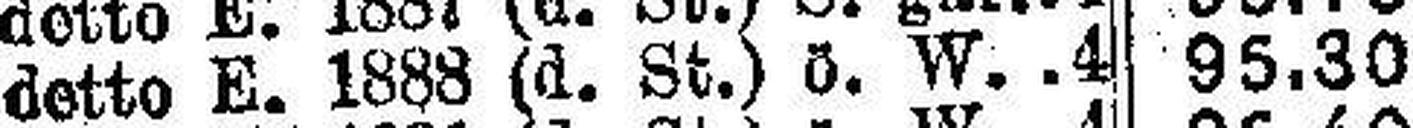
detto E. 1888 (d. St.) ö. W.4